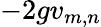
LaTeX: -2gv_{m,n}